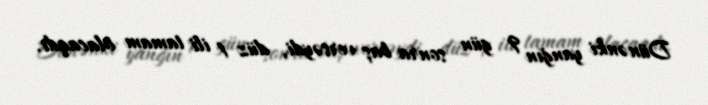
Dünənki yanğın 9 gün sonra baş versəydi, düz 1 ili tamam olacaqdı.